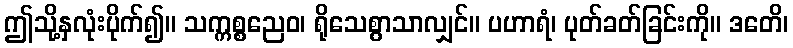
ဤသို့နှလုံးပိုက်၍။ သက္ကစ္စညေဝ၊ ရိုသေစွာသာလျှင်။ ပဟာရံ၊ ပုတ်ခတ်ခြင်းကို။ ဒတေိ၊